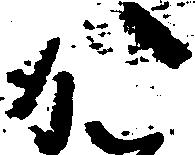
か